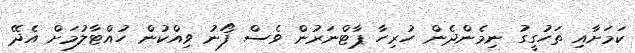
ކަމަށާއި ތަހުގީގު ނިމެންދެން ހުރިހާ ޕާޓްނަރުން ވެސް ފޯނު ވިއްކުން ހުއްޓާލުމަށް އެދޭ